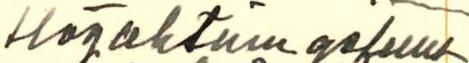
Högaktningsfullt